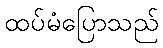
ထပ်မံပြောသည်